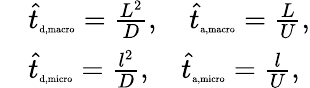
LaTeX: \begin{array}{rl}&{\hat{t}_{\tiny{\mathrm{d,macro}}}=\frac{L^{2}}{D},\quad\hat{t}_{\tiny{\mathrm{a,macro}}}=\frac{L}{U},}\\ &{\hat{t}_{\tiny{\mathrm{d,micro}}}=\frac{l^{2}}{D},\quad\hat{t}_{\tiny{\mathrm{a,micro}}}=\frac{l}{U},}\end{array}